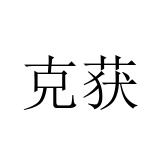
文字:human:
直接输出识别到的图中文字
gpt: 克获